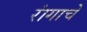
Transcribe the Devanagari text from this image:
रांगाचे